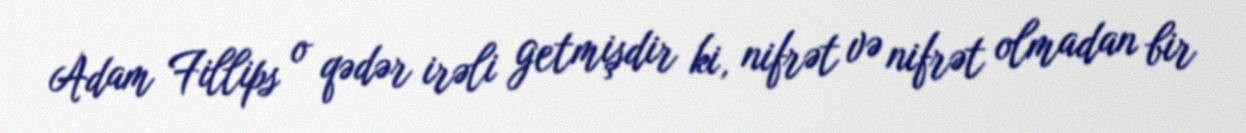
Adam Fillips o qədər irəli getmişdir ki, nifrət və nifrət olmadan bir